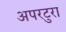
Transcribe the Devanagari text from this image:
अपरटुरा